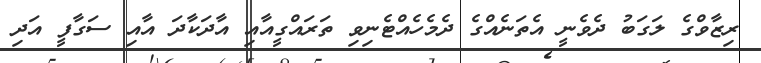
ރިޒާވްގެ ލަގަބު ދެވެނީ އެތަނެއްގެ ދެމެހެއްޓެނިވި ތަރައްގީއާއި އާދަކާދަ އާއި ސަގާފީ އަދި